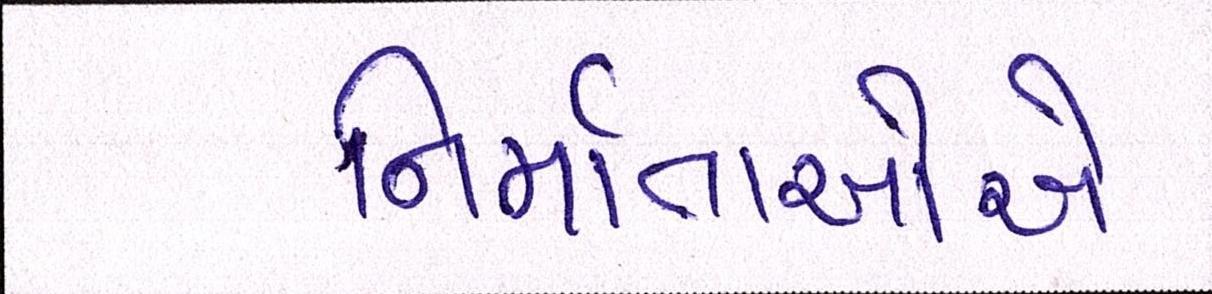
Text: નિર્માતાઓએ